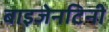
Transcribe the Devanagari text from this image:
बाइजेनटिनी